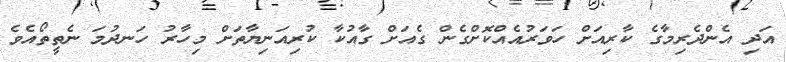
އަދި އެންދެރިމާގެ ކާރިއަށް ހަވަރުއެއްކޮށްގެން ގެއަށް ގާއުކާ ކުރިއަނިޔާތަށް މިހާރު ހަނދުމަ ނެތީތޯއެވެ